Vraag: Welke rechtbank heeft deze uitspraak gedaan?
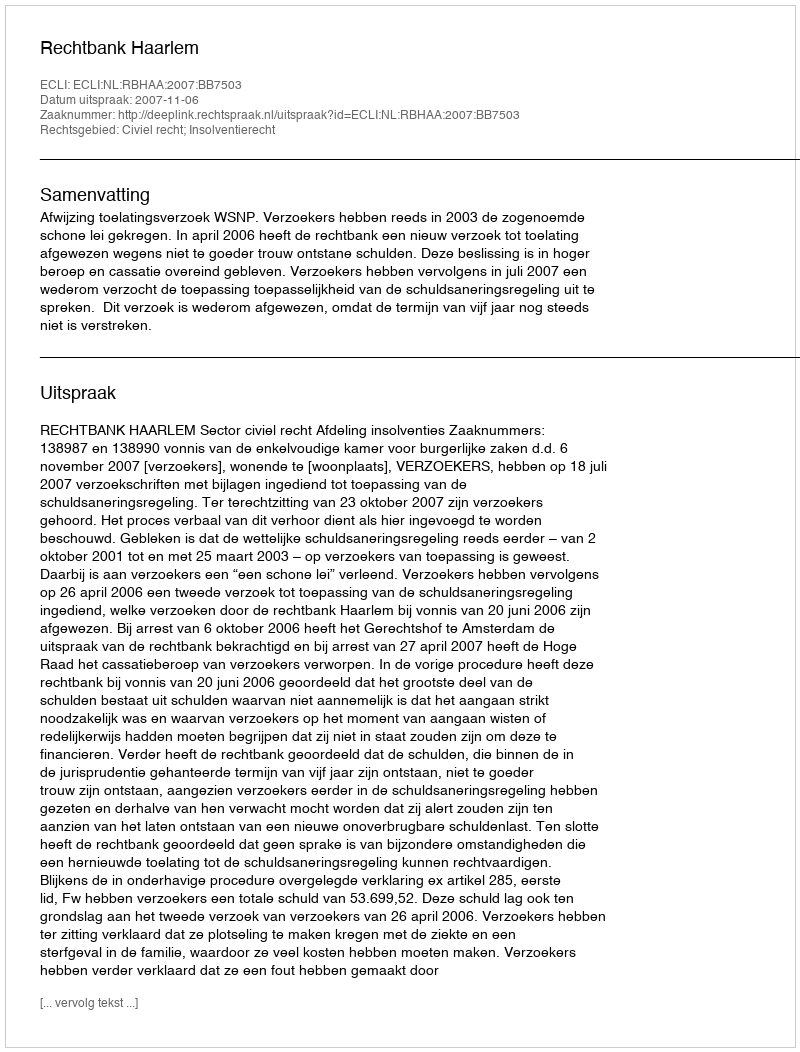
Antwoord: Rechtbank Haarlem